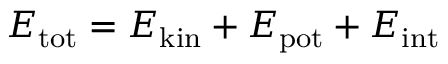
E _ { \mathrm { t o t } } = E _ { \mathrm { k i n } } + E _ { \mathrm { p o t } } + E _ { \mathrm { i n t } }